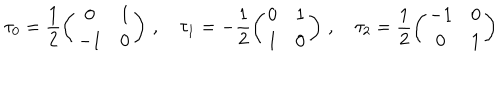
LaTeX: \tau _ { 0 } = \frac 1 2 \left( \begin{array} { c c } { { 0 } } & { { 1 } } \\ { { - 1 } } & { { 0 } } \\ \end{array} \right) \, , \quad \tau _ { 1 } = - \frac 1 2 \left( \begin{array} { c c } { { 0 } } & { { 1 } } \\ { { 1 } } & { { 0 } } \\ \end{array} \right) \, , \quad \tau _ { 2 } = \frac 1 2 \left( \begin{array} { c c } { { - 1 } } & { { 0 } } \\ { { 0 } } & { { 1 } } \\ \end{array} \right) \,